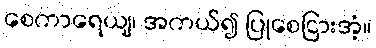
စေကာရေယျ၊ အကယ်၍ ပြုစေငြားအံ့။